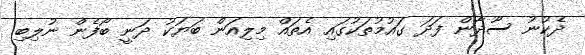
ދެކުނު ސޫދާން ފަދަ ގައުމުތަކުގައި އެތައް މިލިއަން ބަޔަކު ދަނީ ބޯފެން ނުލިބި